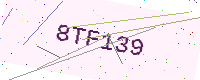
Text: 8TF139